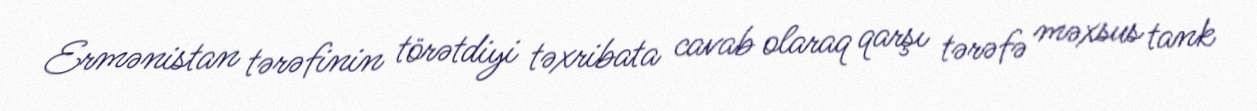
Ermənistan tərəfinin törətdiyi təxribata cavab olaraq qarşı tərəfə məxsus tank